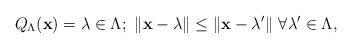
LaTeX: \begin{align*} Q_{\Lambda}(\mathbf{x})=\lambda\in\Lambda;~\|\mathbf{x}-\lambda\|\leq\|\mathbf{x}-\lambda'\|~\forall\lambda'\in\Lambda,\end{align*}